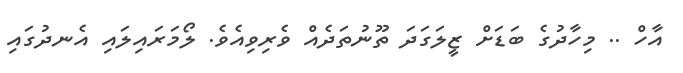
އާހް .. މިހާދުގެ ބަޑަށް ޒީލަގަދަ ތޫނުތަދެއް ވެރިވިއެވެ. ލޯމަރައިލައި އެނދުގައި